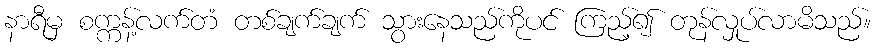
နာရီမှ စက္ကန့်လက်တံ တစ်ချက်ချက် သွားနေသည်ကိုပင် ကြည့်၍ တုန်လှုပ်လာမိသည်။